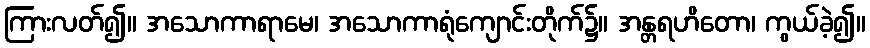
ကြားလတ်၍။ အသောကာရာမေ၊ အသောကာရုံကျောင်းတိုက်၌။ အန္တရဟိတော၊ ကွယ်ခဲ့၍။